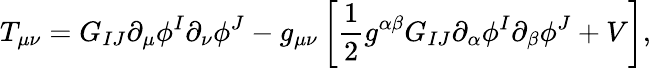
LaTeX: T_{\mu\nu}=G_{IJ}\partial_{\mu}\phi^{I}\partial_{\nu}\phi^{J}-g_{\mu\nu}\left[{\frac{1}{2}}g^{\alpha\beta}G_{IJ}\partial_{\alpha}\phi^{I}\partial_{\beta}\phi^{J}+V\right],